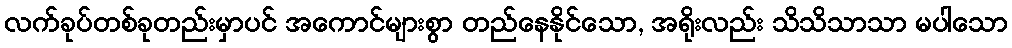
လက်ခုပ်တစ်ခုတည်းမှာပင် အကောင်များစွာ တည်နေနိုင်သော, အရိုးလည်း သိသိသာသာ မပါသော